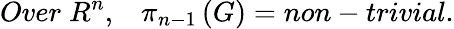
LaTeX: Over\; R^{n},\; \; \; \pi_{n-1}\left(G\right)=non-trivial.